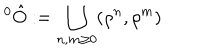
^ { 0 } \hat { O } : = \bigcup _ { n , m \geq 0 } ( \rho ^ { n } , \rho ^ { m } )